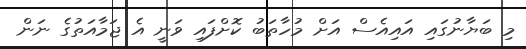
މި ބަޔާނުގައި އައިއެސް އަށް މުހާތަބު ކޮށްފައި ވަނީ އެ ޖަމާއަތުގެ ނަން